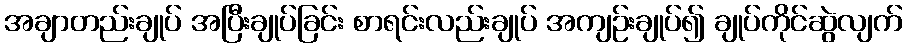
အချာတည်းချုပ် အပြီးချုပ်ခြင်း စာရင်းလည်းချုပ် အကျဉ်းချုပ်၍ ချုပ်ကိုင်ဆွဲလျက်